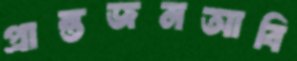
প্রান্তজনআবি